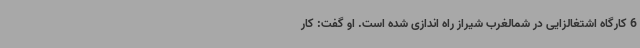
6 کارگاه اشتغالزایی در شمالغرب شیراز راه اندازی شده است. او گفت: کار